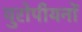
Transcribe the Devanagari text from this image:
युरोपीयनों